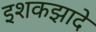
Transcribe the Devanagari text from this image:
इशकझादे